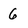
Character: 6